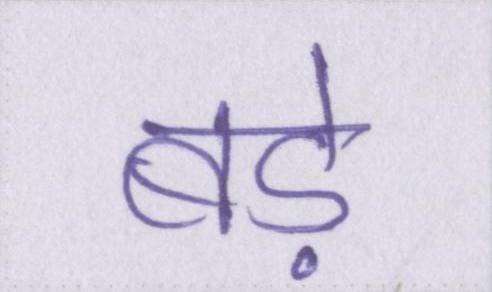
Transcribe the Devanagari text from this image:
बडे़